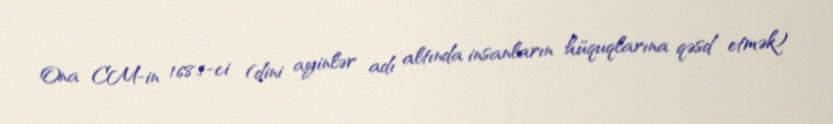
Ona CM-in 168.1-ci (dini ayinlər adı altında insanların hüquqlarına qəsd etmək)